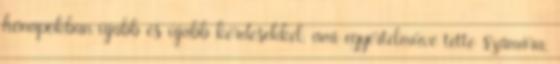
hónapokban újabb és újabb kérdésekkel, ami egyértelművé tette számára,